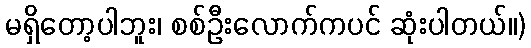
မရှိတော့ပါဘူး၊ စစ်ဦးလောက်ကပင် ဆုံးပါတယ်။)